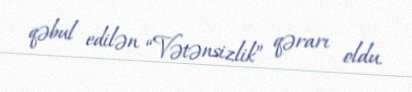
qəbul edilən “Vətənsizlik” qərarı oldu.